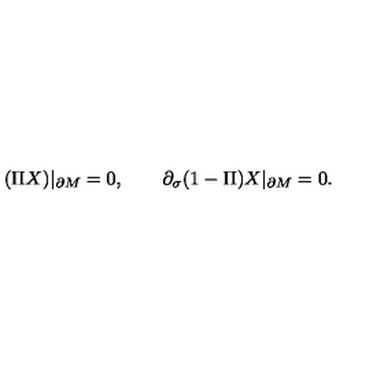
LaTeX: ( \Pi X ) | _ { \partial M } = 0 , \qquad \partial _ { \sigma } ( 1 - \Pi ) X | _ { \partial M } = 0 .